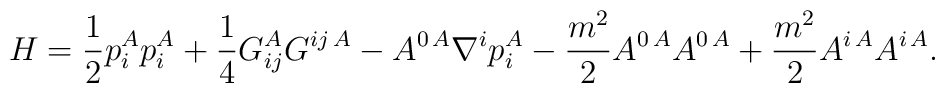
H=\frac{1}{2}p_i^A p_i^A+\frac{1}{4}G_{ij}^A G^{ij\, A} -A^{0\, A}\nabla^i p_i^A -\frac{m^2}{2}A^{0\, A} A^{0\, A}+\frac{m^2}{2}A^{i\, A} A^{i\, A}.